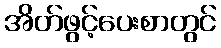
အိတ်ဖွင့်ပေးစာတွင်